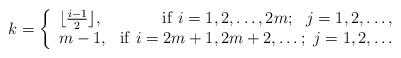
LaTeX: \begin{align*}k=\left \{ \begin{array}{lr}\lfloor {{i-1}\over 2}\rfloor,& {\rm if}~i=1, 2, \ldots, 2m;~~ j=1, 2, \ldots, \\ m-1, & {\rm if}~i=2m+1, 2m+2, \ldots;~j=1, 2, \ldots\end{array} \right.\end{align*}